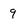
Character: 9